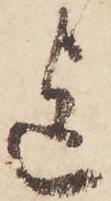
迄